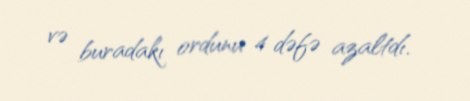
və buradakı ordunu 4 dəfə azaltdı.